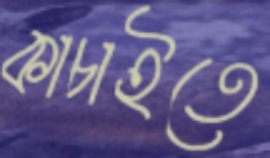
কাচাইতে